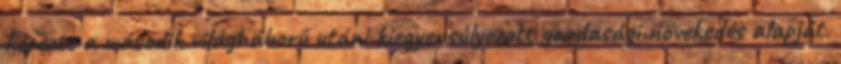
képezte a második világháború utáni kiegyensúlyozott gazdasági növekedés alapját.